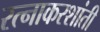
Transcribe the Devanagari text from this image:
रत्नाकरशांती